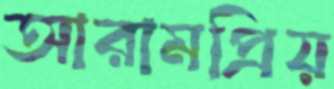
আরামপ্রিয়